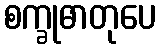
စက္ခုဓာတုပေ